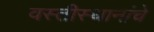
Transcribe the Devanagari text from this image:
वस्तीस्थानांचे